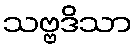
သဗ္ဗဒိသာ